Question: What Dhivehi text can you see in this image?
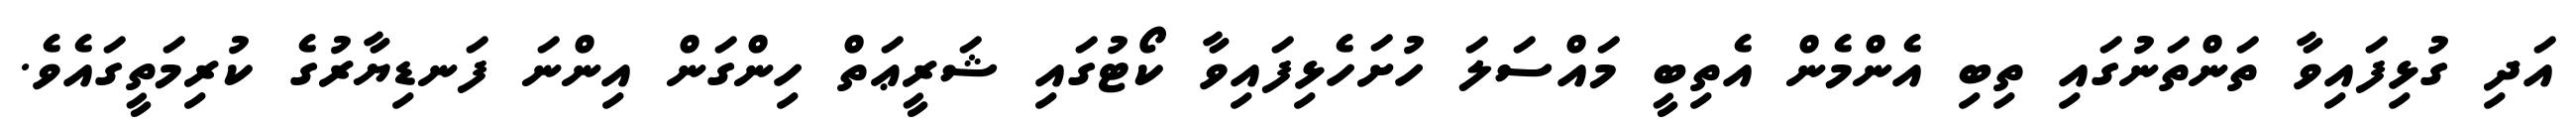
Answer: އަދި ގުޅިފައިވާ ތަންތަނުގައި ތިބި އެންމެން އެތިބީ މައްސަލަ ހުށަހެޅިފައިވާ ކޯޓުގައި ޝަރީޢަތް ހިންގަން އިންނަ ފަނޑިޔާރުގެ ކުރިމަތީގައެވެ.